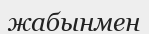
жабынмен